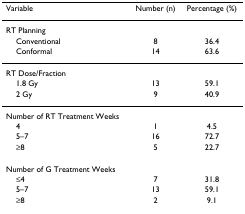
<table><thead><tr><td><b>Variable</b></td><td><b>Number (n)</b></td><td><b>Percentage (%)</b></td></tr></thead><tbody><tr><td>RT Planning</td><td></td><td></td></tr><tr><td> Conventional</td><td>8</td><td>36.4</td></tr><tr><td> Conformal</td><td>14</td><td>63.6</td></tr><tr><td>RT Dose/Fraction</td><td></td><td></td></tr><tr><td> 1.8 Gy</td><td>13</td><td>59.1</td></tr><tr><td> 2 Gy</td><td>9</td><td>40.9</td></tr><tr><td>Number of RT Treatment Weeks</td><td></td><td></td></tr><tr><td> 4</td><td>1</td><td>4.5</td></tr><tr><td> 5–7</td><td>16</td><td>72.7</td></tr><tr><td> ≥8</td><td>5</td><td>22.7</td></tr><tr><td>Number of G Treatment Weeks</td><td></td><td></td></tr><tr><td> ≤4</td><td>7</td><td>31.8</td></tr><tr><td> 5–7</td><td>13</td><td>59.1</td></tr><tr><td> ≥8</td><td>2</td><td>9.1</td></tr></tbody></table>